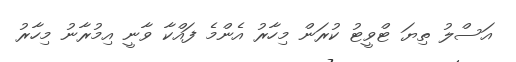
އަސްލު ތިޔަ ޓްވީޓު ކުރަން މިހާރު އެންމެ ފައްކާ ވާނީ އިމުރާނު މިހާރު